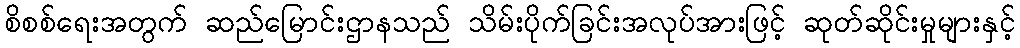
စိစစ်ရေးအတွက် ဆည်မြောင်းဌာနသည် သိမ်းပိုက်ခြင်းအလုပ်အားဖြင့် ဆုတ်ဆိုင်းမှုများနှင့်